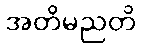
အတိမညတိ